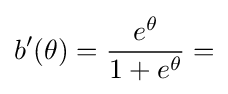
b'(\theta )={\frac {e^{\theta }}{1+e^{\theta }}}=